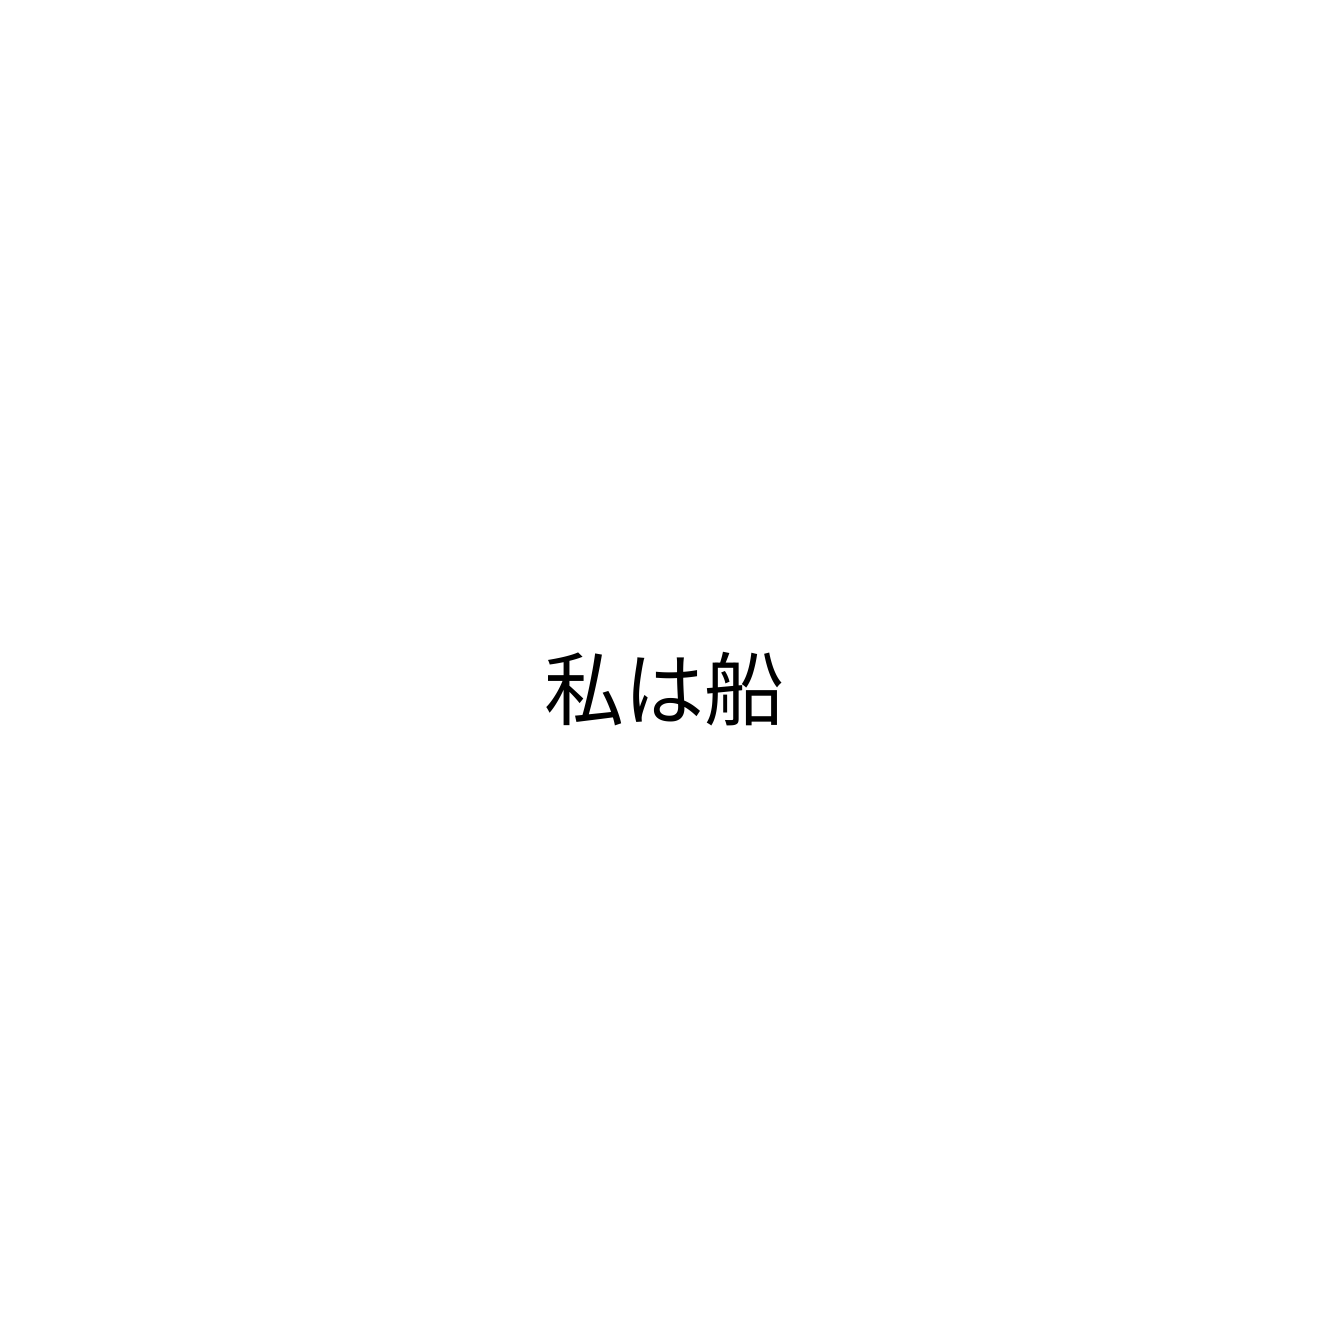
私は船